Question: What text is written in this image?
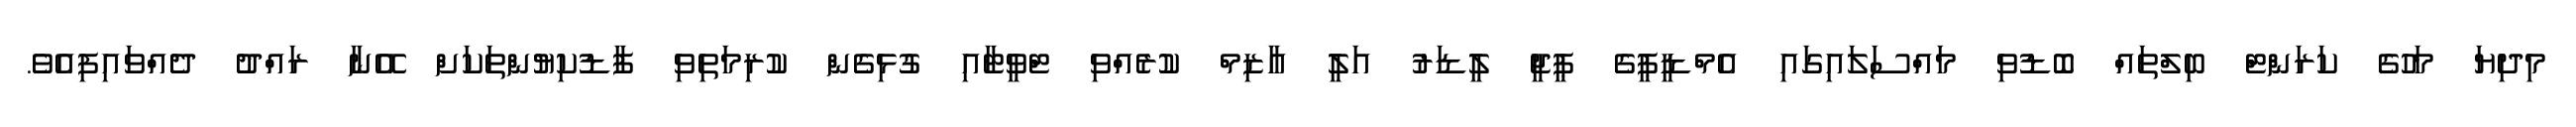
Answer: މިދިޔަ މަހުގެ ކަރަންޓް ބިލްތައް ބޮޑުވި މައްސަލައިގައި އެމްޑީޕީގެ ޕީޖީ ލީޑަރު އަލީ އާޒިމް ކުރެއްވި ޓްވީޓާއި ގުޅިގެން ކުރިމަތިވި ފާޑުކިޔުންތަކަށް އޭނާ ރައްދު ދެއްވައިފިއެވެ.